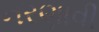
નરણાવી